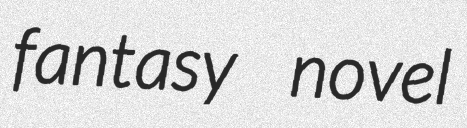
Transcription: fantasy novel